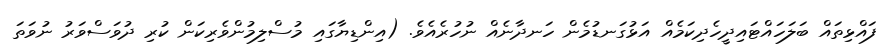
ފައްޅިތައް ބަލަހައްޓައިދީހެދިކަމެއް އަޅުގަނޑުމެން ހަނދާނެއް ނުހުރެއެވެ. (އިންޑިޔާގައި މުސްލިމުންވެރިކަން ކުރި ދުވަސްވަރު ނުވަތަ